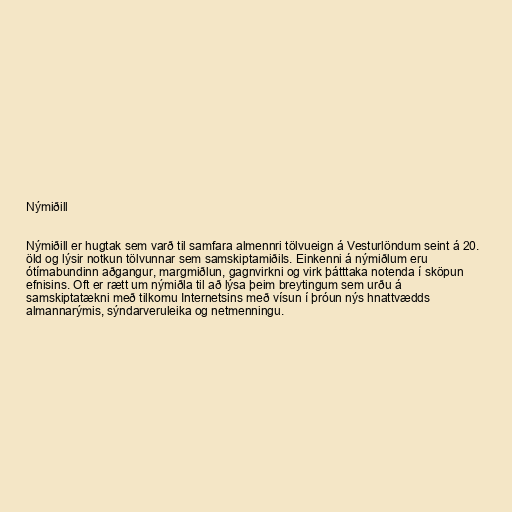
Nýmiðill

Nýmiðill er hugtak sem varð til samfara almennri tölvueign á Vesturlöndum seint á 20.
öld og lýsir notkun tölvunnar sem samskiptamiðils. Einkenni á nýmiðlum eru
ótímabundinn aðgangur, margmiðlun, gagnvirkni og virk þátttaka notenda í sköpun
efnisins. Oft er rætt um nýmiðla til að lýsa þeim breytingum sem urðu á
samskiptatækni með tilkomu Internetsins með vísun í þróun nýs hnattvædds
almannarýmis, sýndarveruleika og netmenningu.